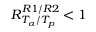
R _ { T _ { \alpha } / T _ { p } } ^ { R 1 / R 2 } < 1